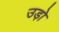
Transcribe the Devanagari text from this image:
उड़ो